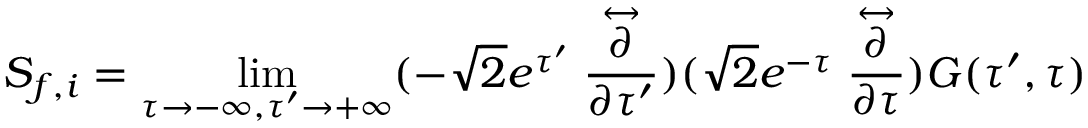
S _ { f , i } = \operatorname * { l i m } _ { \tau \rightarrow - \infty , \tau ^ { \prime } \rightarrow + \infty } ( - \sqrt { 2 } e ^ { \tau ^ { \prime } } \stackrel { \leftrightarrow } { \frac { \partial } { \partial \tau ^ { \prime } } } ) ( \sqrt { 2 } e ^ { - \tau } \stackrel { \leftrightarrow } { \frac { \partial } { \partial \tau } } ) G ( \tau ^ { \prime } , \tau )